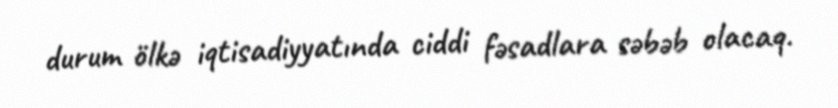
durum ölkə iqtisadiyyatında ciddi fəsadlara səbəb olacaq.